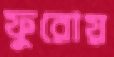
ফুরোয়